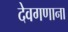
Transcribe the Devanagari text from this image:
देवगणाना